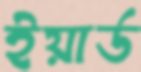
ইয়ার্ড